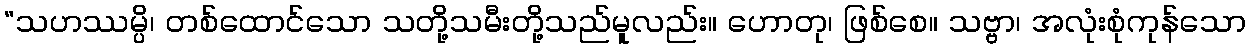
“သဟဿမ္ပိ၊ တစ်ထောင်သော သတို့သမီးတို့သည်မူလည်း။ ဟောတု၊ ဖြစ်စေ။ သဗ္ဗာ၊ အလုံးစုံကုန်သော